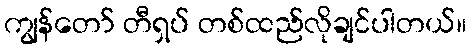
ကျွန်တော် တီရှပ် တစ်ထည်လိုချင်ပါတယ်။